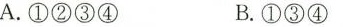
A.①②③④ B.①③④